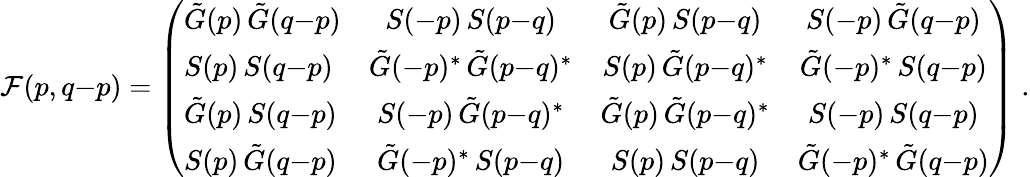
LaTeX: {\cal F}(p,q{-}p)=\left(\begin{array}{lccc}{{\tilde{G}(p)\, \tilde{G}(q{-}p)}}&{{S(-p)\, S(p{-}q)}}&{{\tilde{G}(p)\, S(p{-}q)}}&{{S(-p)\, \tilde{G}(q{-}p)}}\\ {{S(p)\, S(q{-}p)}}&{{\tilde{G}(-p)^{*}\, \tilde{G}(p{-}q)^{*}}}&{{S(p)\, \tilde{G}(p{-}q)^{*}}}&{{\tilde{G}(-p)^{*}\, S(q{-}p)}}\\ {{\tilde{G}(p)\, S(q{-}p)}}&{{S(-p)\, \tilde{G}(p{-}q)^{*}}}&{{\tilde{G}(p)\, \tilde{G}(p{-}q)^{*}}}&{{S(-p)\, S(q{-}p)}}\\ {{S(p)\, \tilde{G}(q{-}p)}}&{{\tilde{G}(-p)^{*}\, S(p{-}q)}}&{{S(p)\, S(p{-}q)}}&{{\tilde{G}(-p)^{*}\, \tilde{G}(q{-}p)}}\end{array}\right)\; .